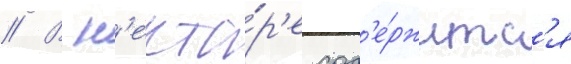
// В н'екта́р'е сод'е́ржитс'я